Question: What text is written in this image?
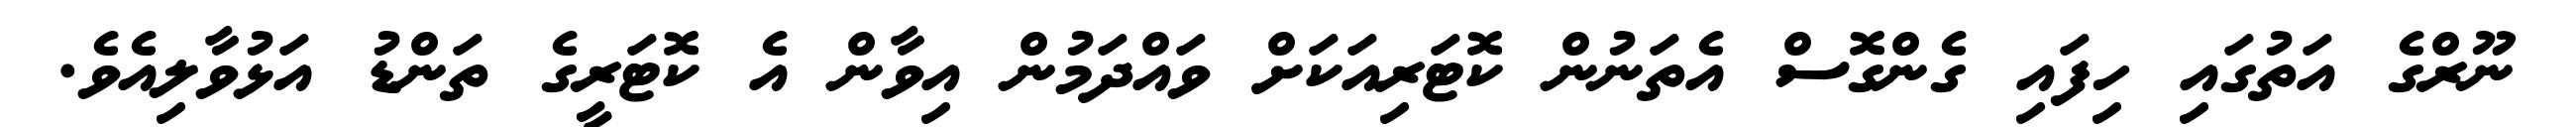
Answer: ނޫރްގެ އަތުގައި ހިފައި ގެންގޮސް އެތަނުން ކޮޓަރިއަކަށް ވައްދަމުން އިވާން އެ ކޮޓަރީގެ ތަންޑު އަޅުވާލިއެވެ.